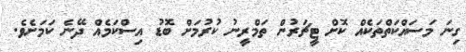
ގިނަ މަސައްކަތްތަކެއް ކޮށް ޓީޗަރުން ތަމްރީނު ކުރުމަށް ބޮޑު އިސްކަމެއް ދޭނެ ކަމަށެވެ.